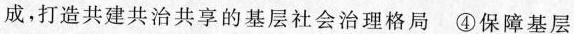
成，打造共建共治共享的基层社会治理格局④保障基层